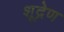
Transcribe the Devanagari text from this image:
शूद्रेण